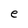
Character: e